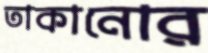
তাকানোর